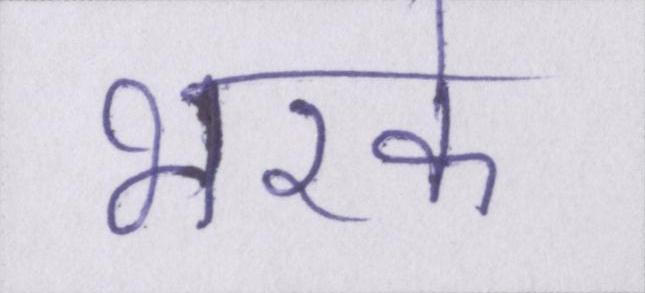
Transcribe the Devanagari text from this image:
भरके